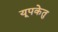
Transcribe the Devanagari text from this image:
यूपकेतु